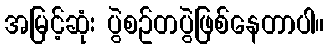
အမြင့်ဆုံး ပွဲစဥ်တပွဲဖြစ်နေတာပါ။